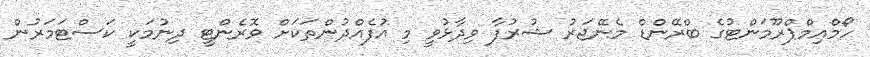
ހޯމްއިމްޕްރޫމަންޓުގެ ބްރޭންޑް މެނޭޖަރު ޝުރުފާ ވިދާޅުވީ މި އުފެއްދުންތަކަށް ވޮރެންޓީ ދިނުމަކީ ކަސްޓަމަރުން